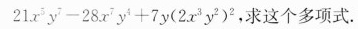
21x^{5}y^{7}-28x^{7}y^{4}+7y(2x^{3}y^{{2})^{2}，求这个多项式。